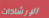
الإرشادات